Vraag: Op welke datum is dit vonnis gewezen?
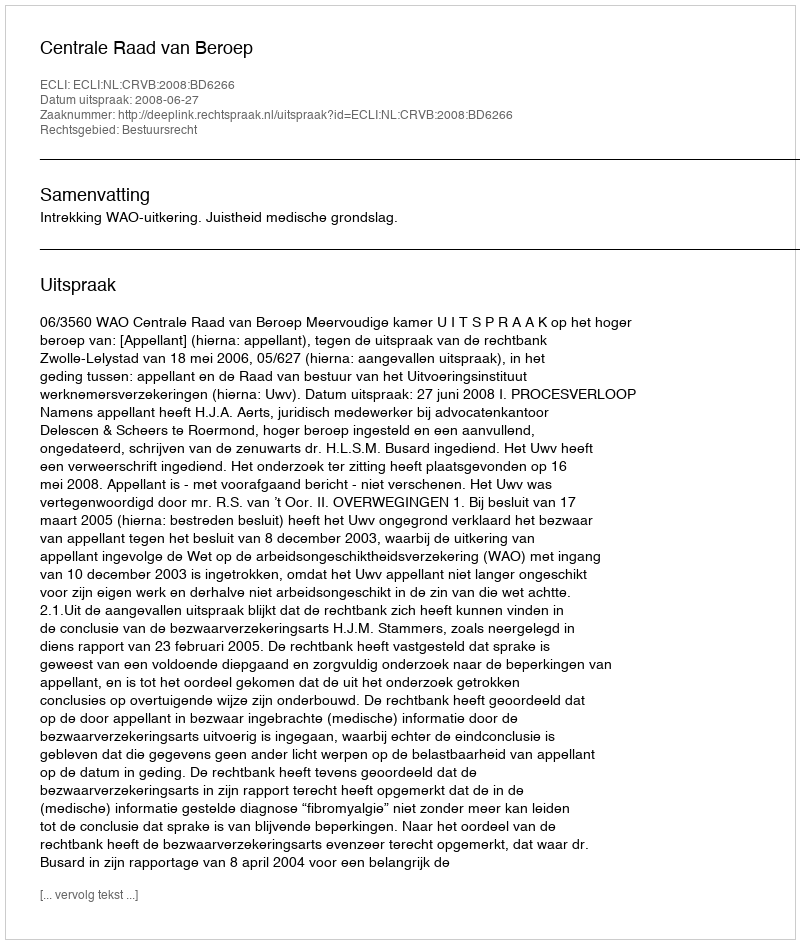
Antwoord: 2008-06-27